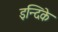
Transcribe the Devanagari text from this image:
इन्दिके